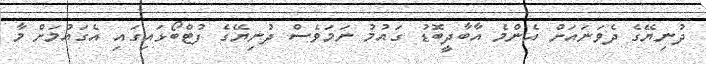
ދުނިޔޭގެ ދެވަނައަށް އެންމެ އާބާދީބޮޑު ގައުމު ނަމަވެސް ދުނިޔޭގެ ފުޓްބޯޅައިގައި އެގައުމަށް މާ